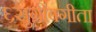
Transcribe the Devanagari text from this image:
६सुग्रीवगीता